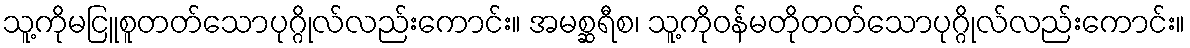
သူ့ကိုမငြူစူတတ်သောပုဂ္ဂိုလ်လည်းကောင်း။ အမစ္ဆရီစ၊ သူ့ကိုဝန်မတိုတတ်သောပုဂ္ဂိုလ်လည်းကောင်း။